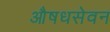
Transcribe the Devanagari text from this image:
औषधसेवन